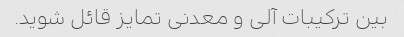
بین ترکیبات آلی و معدنی تمایز قائل شوید.